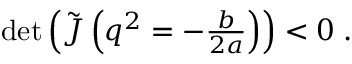
\begin{array} { r } { \operatorname* { d e t } \left( \tilde { \boldsymbol J } \left( \boldsymbol q ^ { 2 } = - \frac { b } { 2 a } \right) \right) < 0 \; . } \end{array}